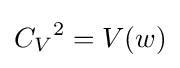
{C_{V}}^{2}=V(w)